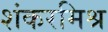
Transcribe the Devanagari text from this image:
शंकरमिश्र